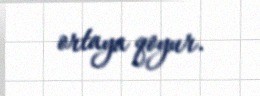
ortaya qoyur.